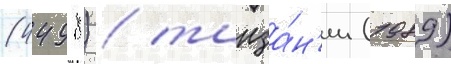
(4498) / танза́н'ии (1989)